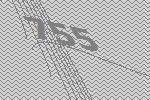
755